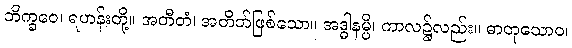
ဘိက္ခဝေ၊ ရဟန်းတို့။ အတီတံ၊ အတိတ်ဖြစ်သော။ အဒ္ဓါနမ္ပိ၊ ကာလ၌လည်း။ ဓာတုသောဝ၊